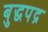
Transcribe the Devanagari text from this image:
बुद्धपद्र